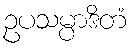
ဥပသမ္ပာဒိတံ